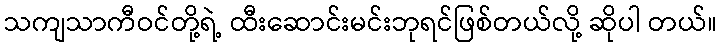
သကျသာကီဝင်တို့ရဲ့ ထီးဆောင်းမင်းဘုရင်ဖြစ်တယ်လို့ ဆိုပါ တယ်။